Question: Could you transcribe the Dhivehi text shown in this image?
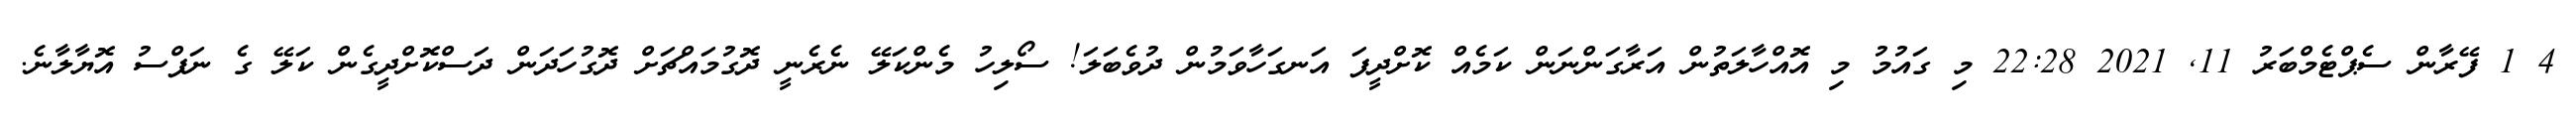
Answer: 4 1 ފޭރާން ސެޕްޓެމްބަރު 11, 2021 22:28 މި ގައުމު މި އޮއްހާލަތުން އަރާގަންނަން ކަމެއް ކޮށްދީފަ އަނގަހާވަމުން ދުވެބަލަ! ސޯލިހު މެންކަލޭ ނެރެނީ ދޮގުމައްޗަށް ދޮގުހަދަން ދަސްކޮށްދީގެން ކަލޭ ގެ ނަފްސު އޮޔާލާނެ.